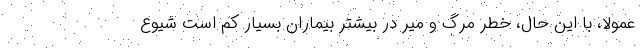
عمولا، با این حال، خطر مرگ و میر در بیشتر بیماران بسیار کم است شیوع